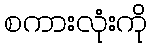
စကားလုံးကို